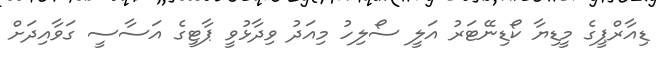
ޑިއާރްޕީގެ މީޑިޔާ ކޯޑިނޭޓަރު އަލީ ސޯލިހު މިއަދު ވިދާޅުވީ ޕާޓީގެ އަސާސީ ގަވާއިދަށް